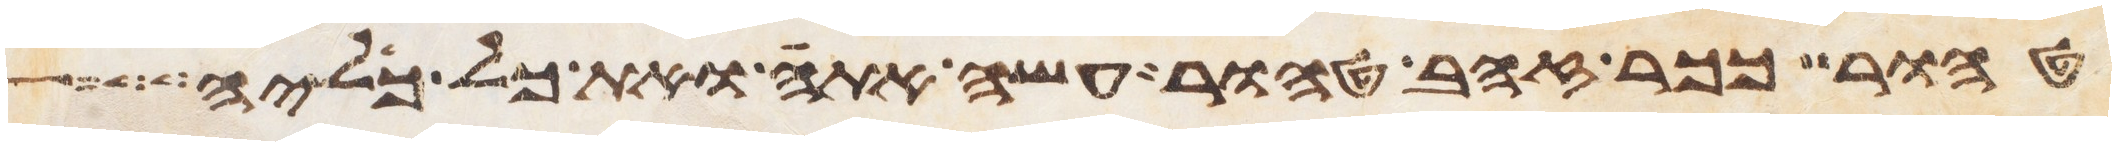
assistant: טהור ככר זהב טהור עשה אתה ואת כל כליה